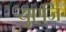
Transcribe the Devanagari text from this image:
युएजि